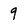
Character: 9